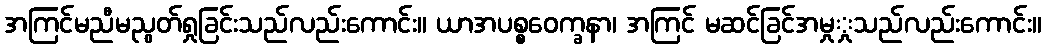
အကြင်မညီမညွတ်ရှုခြင်းသည်လည်းကောင်း။ ယာအပစ္စဝေက္ခနာ၊ အကြင် မဆင်ခြင်အမှုှုသည်လည်းကောင်း။